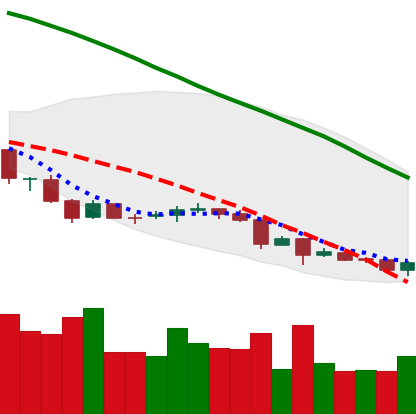
Ticker: NEO-USD
Chart end date: 2018-06-29
Forward return: 35.933%
Label: up_7plus